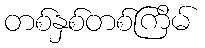
တစ်နှစ်တစ်ကြိမ်